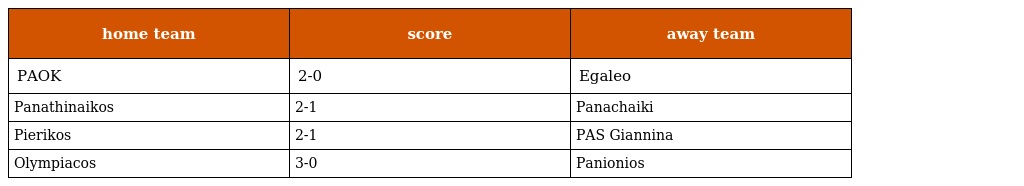
| home team | score | away team |
 | --- | --- | --- |
 | PAOK | 2-0 | Egaleo |
 | Panathinaikos | 2-1 | Panachaiki |
 | Pierikos | 2-1 | PAS Giannina |
 | Olympiacos | 3-0 | Panionios |